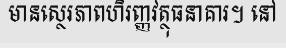
មានស្ថេរភាពហិរញ្ញវត្ថុធនាគារ។ នៅ